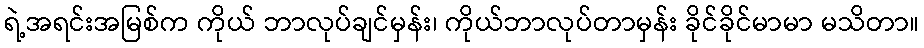
ရဲ့အရင်းအမြစ်က ကိုယ် ဘာလုပ်ချင်မှန်း၊ ကိုယ်ဘာလုပ်တာမှန်း ခိုင်ခိုင်မာမာ မသိတာ။